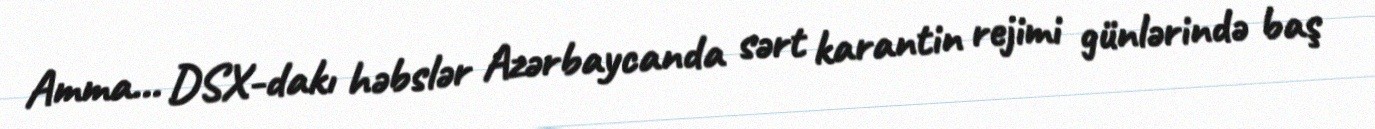
Amma... DSX-dakı həbslər Azərbaycanda sərt karantin rejimi günlərində baş